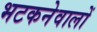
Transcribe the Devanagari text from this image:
भटकनेवालों